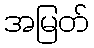
အမြတ်